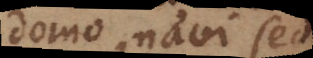
domo, navi sed